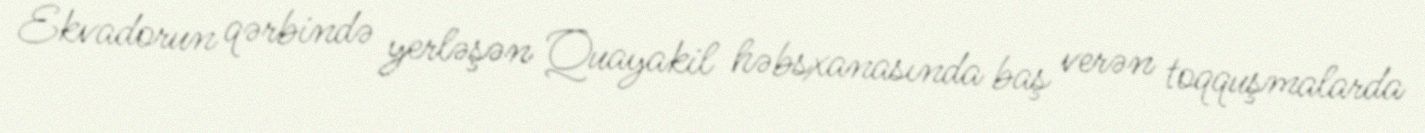
Ekvadorun qərbində yerləşən Quayakil həbsxanasında baş verən toqquşmalarda